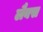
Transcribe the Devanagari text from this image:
लैबस